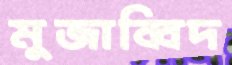
মুজাব্বিদ